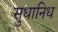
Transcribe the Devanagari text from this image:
सुधानिध